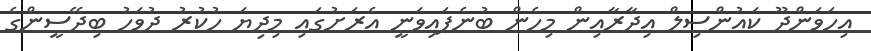
އިހަވަންދޫ ކައުންސިލް އިދާރާއިން މިހެން ބުނެފައިވަނީ އެރަށުގައި މިދިޔަ ހުކުރު ދުވަހު ބިދޭސީންގެ